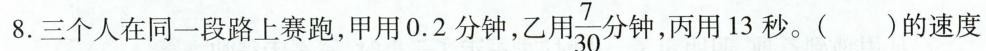
8.三个人在同一段路上赛跑，甲用0.2分钟，乙用\frac{7}{30}分钟，丙用13秒。()的速度